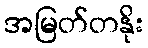
အမြတ်တနိုး